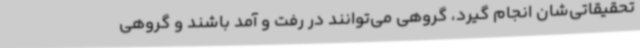
تحقیقاتی‌شان انجام گیرد، گروهی می‌توانند در رفت و آمد باشند و گروهی